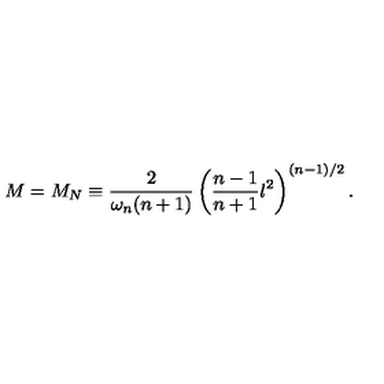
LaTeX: M = M _ { N } \equiv \frac { 2 } { \omega _ { n } ( n + 1 ) } \left( \frac { n - 1 } { n + 1 } l ^ { 2 } \right) ^ { ( n - 1 ) / 2 } .